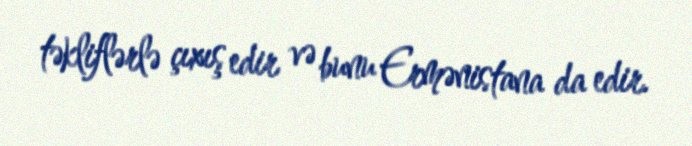
təkliflərlə çıxış edir və bunu Ermənistana da edir.